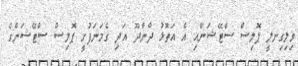
ވިލިގިނލީ ޕޮލިސް ސްޓޭޝަނާއި އެ އަތޮޅު ދާންދޫ އަދި ގެމަނަފުށީ ޕޮލިސް ސްޓޭޝަންގެ